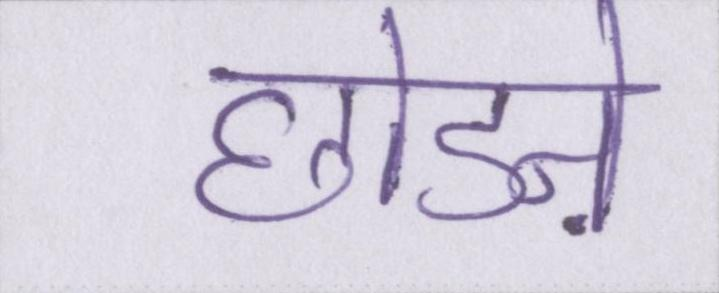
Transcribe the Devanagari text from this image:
छोडऩे